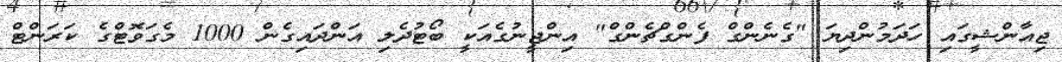
ޖިއާންޝީގައި ހަދަމުންދިޔަ "ގެނެންގް ފެންގްޗެންގް" އިންޖީނުގެއަކީ ބޯޓުދެލި އަންދައިގެން 1000 މެގަވޮޓްގެ ކަރަންޓް